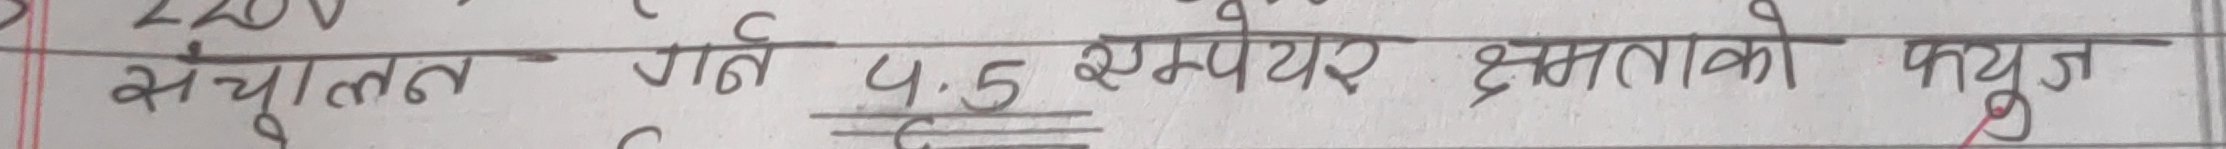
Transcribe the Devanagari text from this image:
संचालन गर्न 4.5 एम्पियर क्षमताको फ्युज